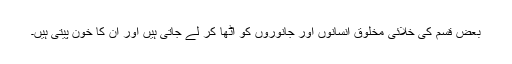
بعض قسم کی خلائی مخلوق انسانوں اور جانوروں کو اٹھا کر لے جاتی ہیں اور ان کا خون پیتی ہیں۔